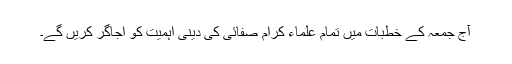
آج جمعہ کے خطبات میں تمام علماء کرام صفائی کی دینی اہمیت کو اجاگر کریں گے۔